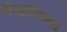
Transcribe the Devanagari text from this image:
धेयनिष्ठा